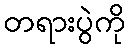
တရားပွဲကို